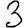
Digit: 3